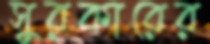
সুরকারের